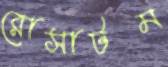
রোসাটম